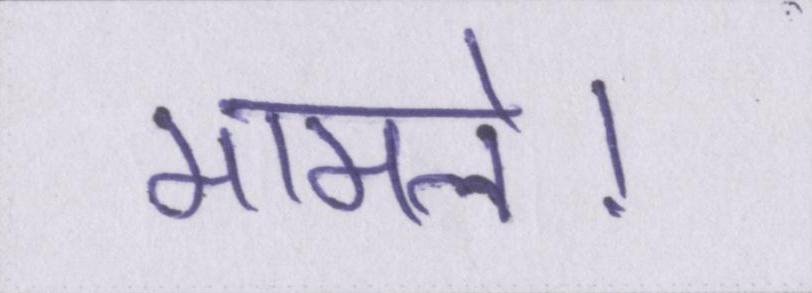
मामले।